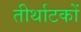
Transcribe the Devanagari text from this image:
तीर्थाटकों